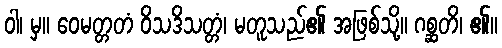
ဝါ၊ မှ။ ဝေမတ္တတံ ဝိသဒိသတ္တံ၊ မတူသည်၏ အဖြစ်သို့။ ဂစ္ဆတိ၊ ၏။